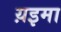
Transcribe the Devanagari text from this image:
य़इमा